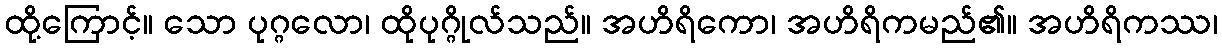
ထို့ကြောင့်။ သော ပုဂ္ဂလော၊ ထိုပုဂ္ဂိုလ်သည်။ အဟိရိကော၊ အဟိရိကမည်၏။ အဟိရိကဿ၊